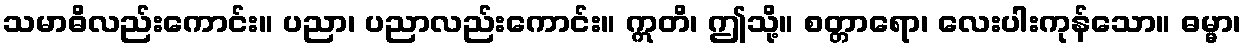
သမာဓိလည်းကောင်း။ ပညာ၊ ပညာလည်းကောင်း။ ဣတိ၊ ဤသို့။ စတ္တာရော၊ လေးပါးကုန်သော။ ဓမ္မာ၊